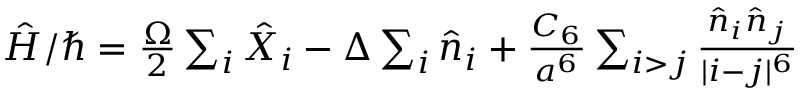
\begin{array} { r } { \hat { H } / \hbar = \frac { \Omega } { 2 } \sum _ { i } \hat { X } _ { i } - \Delta \sum _ { i } \hat { n } _ { i } + \frac { C _ { 6 } } { a ^ { 6 } } \sum _ { i > j } \frac { \hat { n } _ { i } \hat { n } _ { j } } { | i - j | ^ { 6 } } } \end{array}